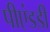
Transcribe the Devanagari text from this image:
पीएंडडी